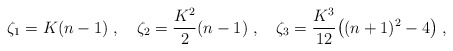
\begin{align*}\zeta_1 = K(n-1) \;,\quad \zeta_2 = \frac{K^2}{2} (n-1) \;,\quad \zeta_3 = \frac{K^3}{12}\big( (n+1)^2 -4 \big)\;,\end{align*}